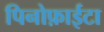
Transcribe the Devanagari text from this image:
पिनोफ़ाईटा